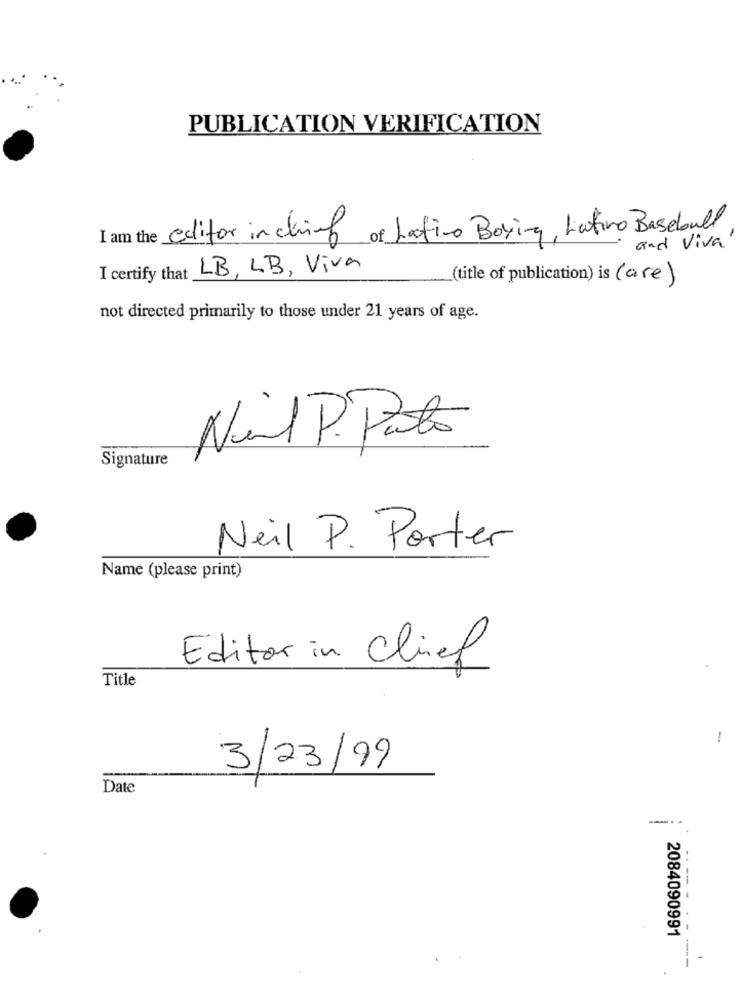
PUBLICATION VERIFICATION
I am the editor in chief of Latino Boxing, Latino Baseball,
and Viva
I certify that LB, LB, Viva
(title of publication) is (are)
not directed primarily to those under 21 years of age.
Nerd P. Pato
Signature
Neil P. Porter
Name (please print)
Editor in Chief
Title
!
3/23/99
Date
--. -
2084090991
----